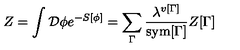
Z = \int { \cal D } \phi e ^ { - S [ \phi ] } = \sum _ { \Gamma } { \frac { \lambda ^ { v [ \Gamma ] } } { \mathrm { s y m } [ \Gamma ] } } Z [ \Gamma ]